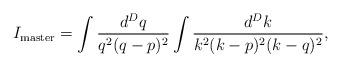
LaTeX: \begin{align*}I_{\rm master}=\int\frac{d^{D}q}{q^{2}(q-p)^{2}}\int\frac{d^{D}k}{k^{2}(k-p)^{2}(k-q)^{2}},\end{align*}